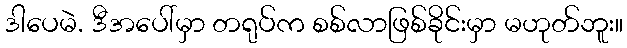
ဒါပေမဲ. ဒီအပေါ်မှာ တရုပ်က စစ်လာဖြစ်ခိုင်းမှာ မဟုတ်ဘူး။